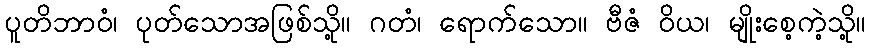
ပူတိဘာဝံ၊ ပုတ်သောအဖြစ်သို့။ ဂတံ၊ ရောက်သော။ ဗီဇံ ဝိယ၊ မျိုးစေ့ကဲ့သို့။